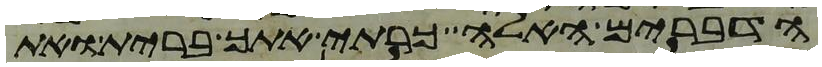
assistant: הדברים האלה כרתי אתך ברית ואת